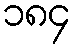
၁၈၄